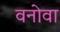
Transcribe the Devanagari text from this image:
वनोवा